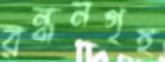
রন্ধনগৃহ